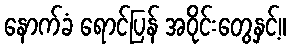
နောက်ခံ ရောင်ပြန် အဝိုင်းတွေနှင့်။